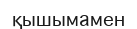
қышымамен